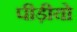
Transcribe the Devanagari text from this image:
पीड़ीयो